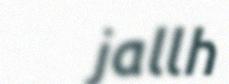
jallh